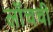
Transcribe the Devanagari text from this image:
लाँचची